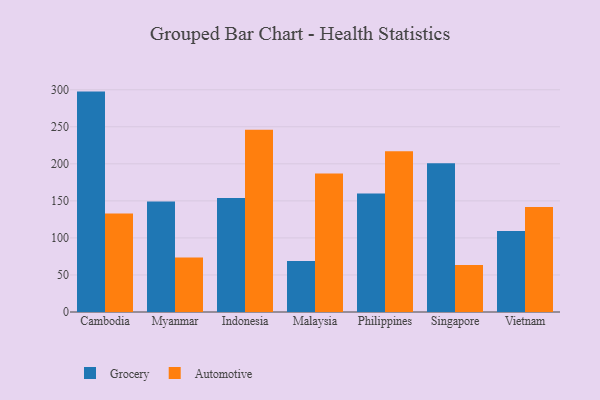
{"axis": {"x": "Country", "y": "Budget (USD K)"}, "legend": ["Automotive", "Grocery"], "data": [{"x": "Cambodia", "y": 297.5, "type": "Grocery"}, {"x": "Cambodia", "y": 133.1, "type": "Automotive"}, {"x": "Myanmar", "y": 149.2, "type": "Grocery"}, {"x": "Myanmar", "y": 73.4, "type": "Automotive"}, {"x": "Indonesia", "y": 153.8, "type": "Grocery"}, {"x": "Indonesia", "y": 246.0, "type": "Automotive"}, {"x": "Malaysia", "y": 68.9, "type": "Grocery"}, {"x": "Malaysia", "y": 186.9, "type": "Automotive"}, {"x": "Philippines", "y": 159.8, "type": "Grocery"}, {"x": "Philippines", "y": 216.9, "type": "Automotive"}, {"x": "Singapore", "y": 200.7, "type": "Grocery"}, {"x": "Singapore", "y": 63.3, "type": "Automotive"}, {"x": "Vietnam", "y": 109.3, "type": "Grocery"}, {"x": "Vietnam", "y": 141.6, "type": "Automotive"}]}